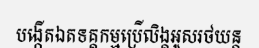
បង្កើតឯតទគ្គកម្មប្រើលិង្គអូសរថយន្ត